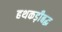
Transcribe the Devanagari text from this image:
हथकड़ीबद्ध